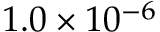
1 . 0 \times 1 0 ^ { - 6 }